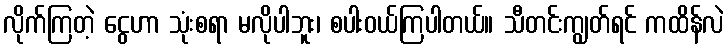
လိုက်ကြတဲ့ ငွေဟာ သုံးစရာ မလိုပါဘူး၊ စပါးဝယ်ကြပါတယ်။ သီတင်းကျွတ်ရင် ကထိန်လဲ